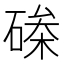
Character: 𮀵